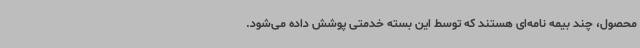
محصول، چند بیمه نامه‌ای هستند که توسط این بسته خدمتی پوشش داده می‌شود.